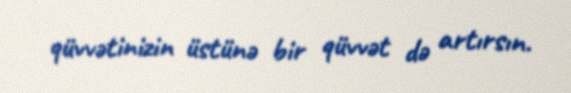
qüvvətinizin üstünə bir qüvvət də artırsın.